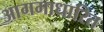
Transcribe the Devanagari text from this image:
आगमाधारित